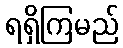
ရရှိကြမည်